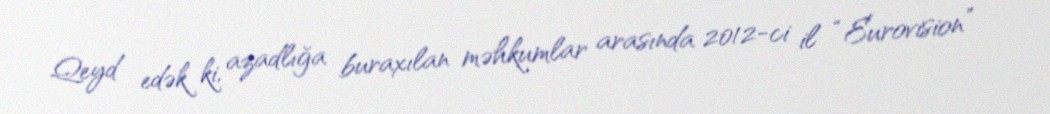
Qeyd edək ki, azadlığa buraxılan məhkumlar arasında 2012-ci il “Eurovision”